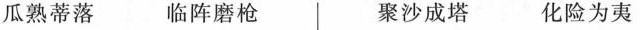
瓜熟蒂落 临阵磨枪 聚沙成塔 化险为夷